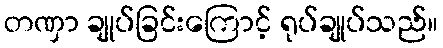
တဏှာ ချုပ်ခြင်းကြောင့် ရုပ်ချုပ်သည်။